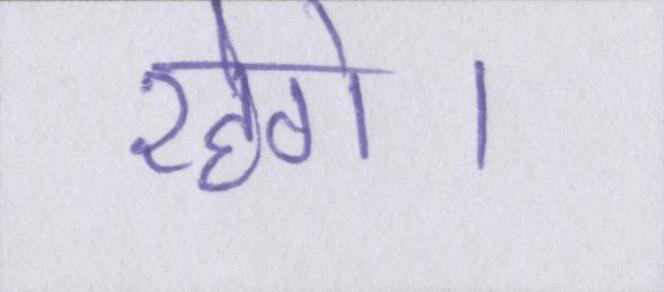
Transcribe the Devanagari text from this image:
रहेगे।